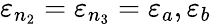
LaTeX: \varepsilon_{n_{2}}=\varepsilon_{n_{3}}=\varepsilon_{a},\varepsilon_{b}